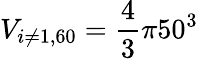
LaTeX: V_{i\neq 1,60}=\frac{4}{3}\pi 50^{3}